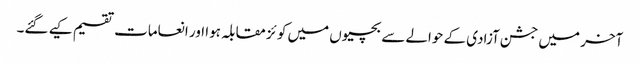
آخر میں جشن آزادی کے حوالے سے بچیوں میں کو ئز مقابلہ ہوا اور انعامات تقسیم کیے گئے۔